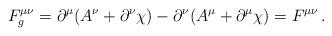
LaTeX: \begin{align*}F^{\mu \nu}_g =\partial^\mu ( A^\nu + \partial^\nu \chi) - \partial^\nu (A^\mu +\partial^\mu \chi) = F^{\mu \nu} \, . \end{align*}